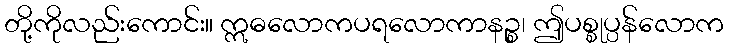
တို့ကိုလည်းကောင်း။ ဣဓလောကပရလောကာနဉ္စ၊ ဤပစ္စုပ္ပန်လောက